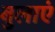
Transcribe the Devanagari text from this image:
बुलाएं